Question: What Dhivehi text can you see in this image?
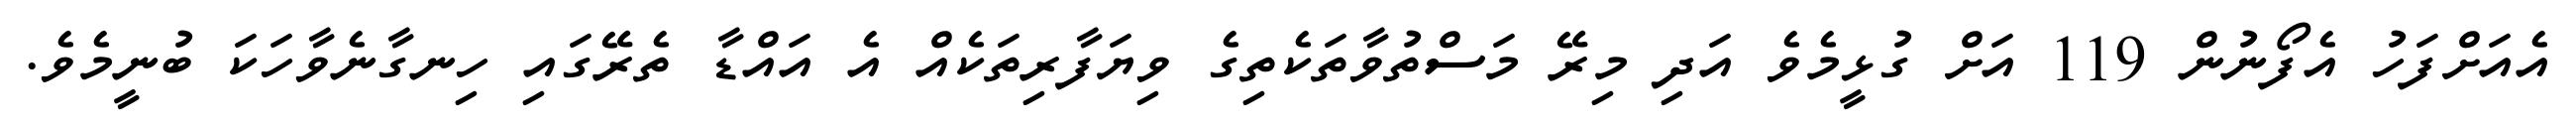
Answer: އެއަށްފަހު އެފޯނުން 119 އަށް ގުޅީމެވެ އަދި މިރޭ މަސްތުވާތަކެތިގެ ވިޔަފާރިތަކެއް އެ އައްޑާ ތެރޭގައި ހިނގާނެވާހަކަ ބުނީމެވެ.